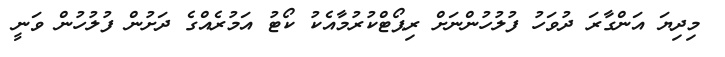
މިދިޔަ އަންގާރަ ދުވަހު ފުލުހުންނަށް ރިޕޯޓްކުރުމާއެކު ކޯޓު އަމުރެއްގެ ދަށުން ފުލުހުން ވަނީ